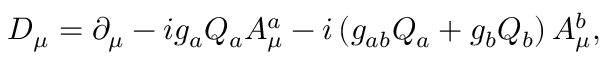
D _ { \mu } = \partial _ { \mu } - i g _ { a } Q _ { a } A _ { \mu } ^ { a } - i \left( g _ { a b } Q _ { a } + g _ { b } Q _ { b } \right) A _ { \mu } ^ { b } ,